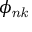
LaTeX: \phi _ { \it { n k } }